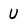
Character: U